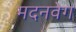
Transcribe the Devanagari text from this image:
मदनवेग